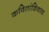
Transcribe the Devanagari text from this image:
कवितांशिवाय